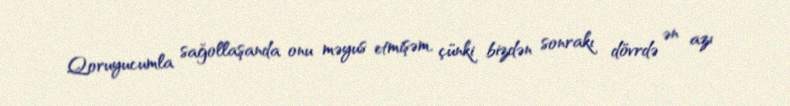
Qoruyucumla sağollaşanda onu məyus etmişəm, çünki bizdən sonrakı dövrdə ən azı